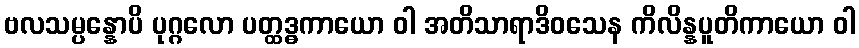
ဗလသမ္ပန္နောပိ ပုဂ္ဂလော ပတ္ထဒ္ဓကာယော ဝါ အတိသာရာဒိဝသေန ကိလိန္နပူတိကာယော ဝါ